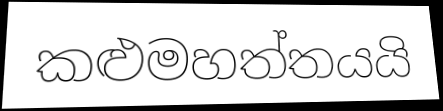
කළුමහත්තයයි